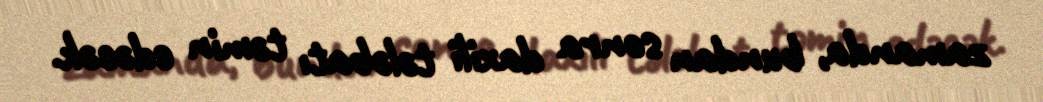
zamanda, bundan sonra daxili tələbatı təmin edəcək.